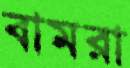
বামরা